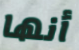
أنها